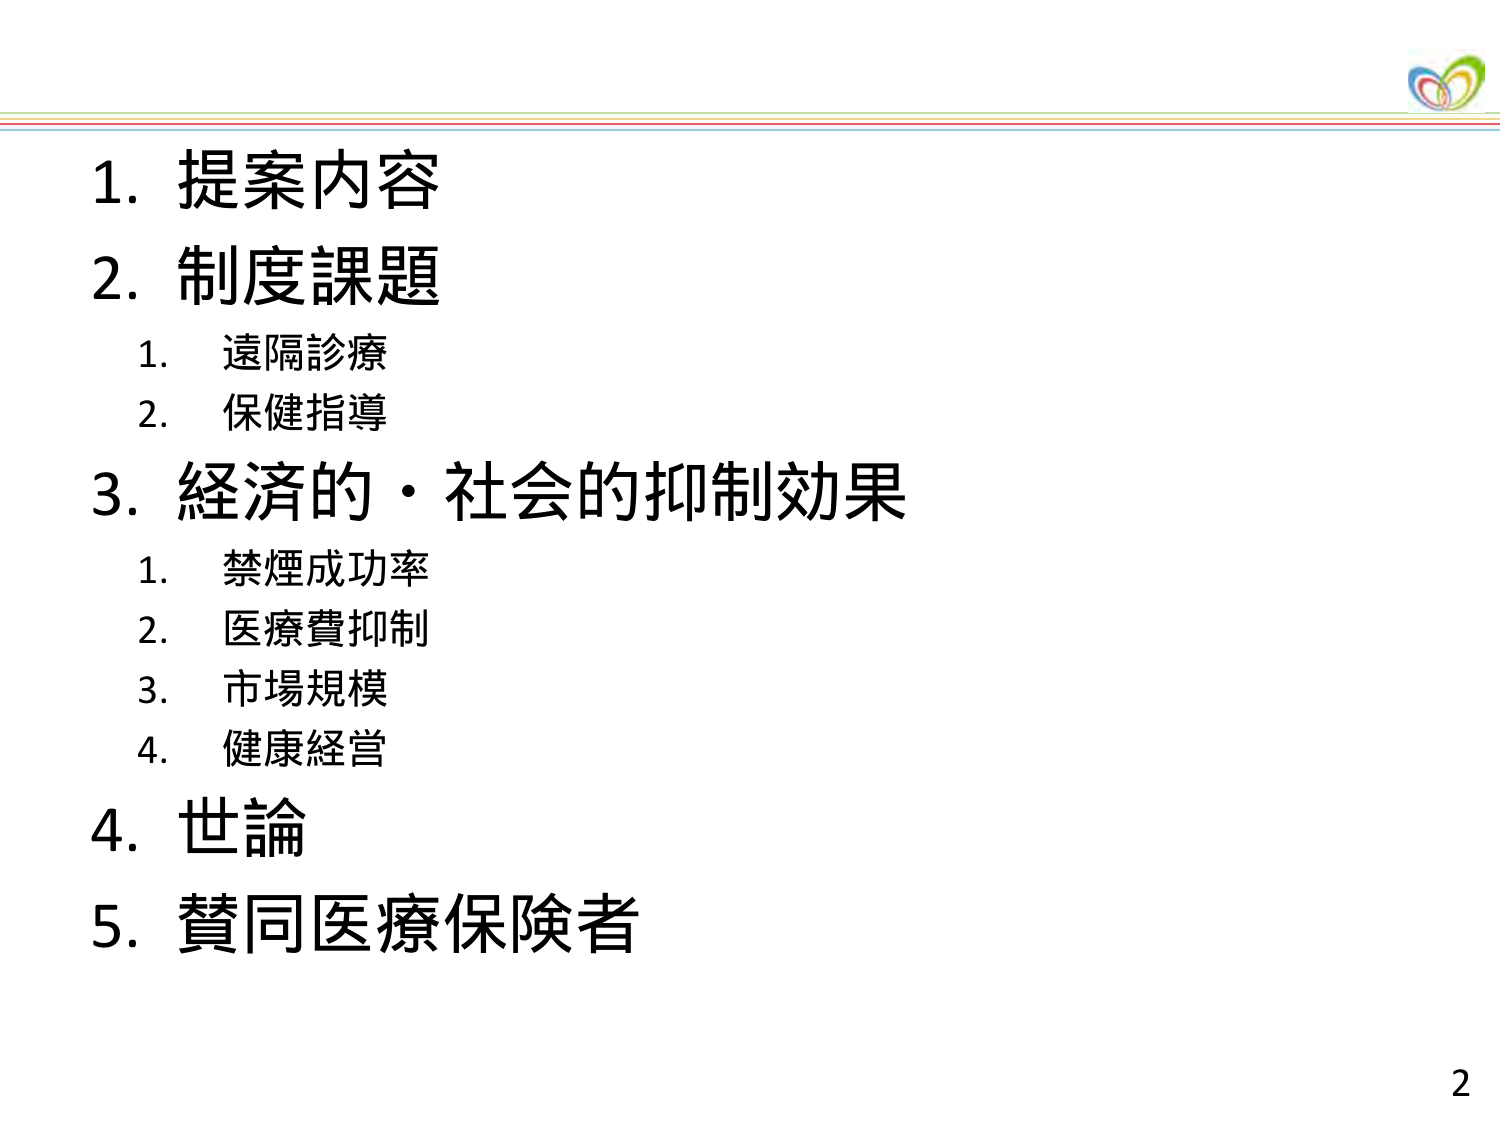
1. 提案内容
2. 制度課題
　1. 遠隔診療
　2. 保健指導
3. 経済的・社会的抑制効果
　1. 禁煙成功率
　2. 医療費抑制
　3. 市場規模
　4. 健康経営
4. 世論
5. 賛同医療保険者
2